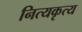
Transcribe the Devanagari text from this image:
नित्यकृत्य